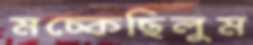
মচ্‌কেছিলুম